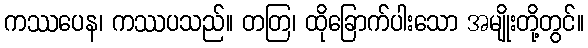
ကဿပေန၊ ကဿပသည်။ တတြ၊ ထိုခြောက်ပါးသော အမျိုးတို့တွင်။